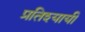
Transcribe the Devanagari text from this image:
प्रतिश्यायी